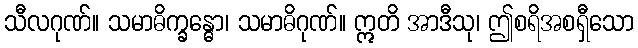
သီလဂုဏ်။ သမာဓိက္ခန္ဓော၊ သမာဓိဂုဏ်။ ဣတိ အာဒီသု၊ ဤစရိအစရှီသော